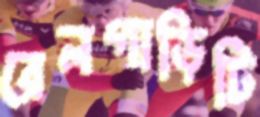
রেলগাড়িটি